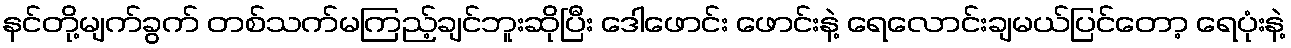
နင်တို့မျက်ခွက် တစ်သက်မကြည့်ချင်ဘူးဆိုပြီး ဒေါဖောင်း ဖောင်းနဲ့ ရေလောင်းချမယ်ပြင်တော့ ရေပုံးနဲ့